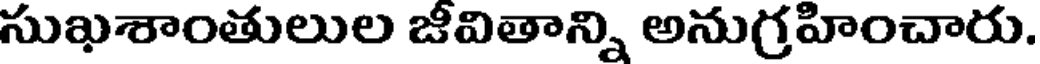
సుఖశాంతులుల జీవితాన్ని అనుగ్రహించారు.